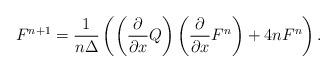
LaTeX: \begin{align*}F^{n+1}=\frac1{n\Delta}\left(\left({\partial\over\partial x}Q\right)\left({\partial \over\partial x }F^{n}\right) +4nF^{n}\right).\end{align*}